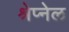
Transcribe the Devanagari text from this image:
श्रेप्नेल